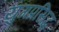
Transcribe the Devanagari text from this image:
युगप्रसिद्ध